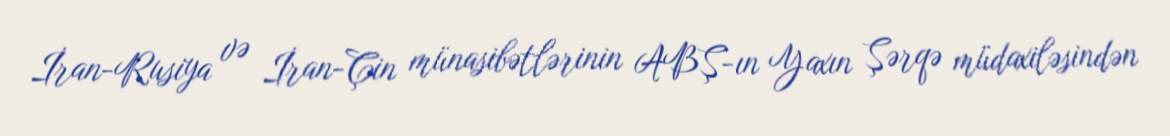
İran-Rusiya və İran-Çin münasibətlərinin ABŞ-ın Yaxın Şərqə müdaxiləsindən